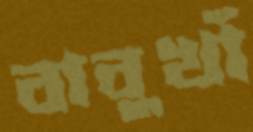
বাবুখাঁ